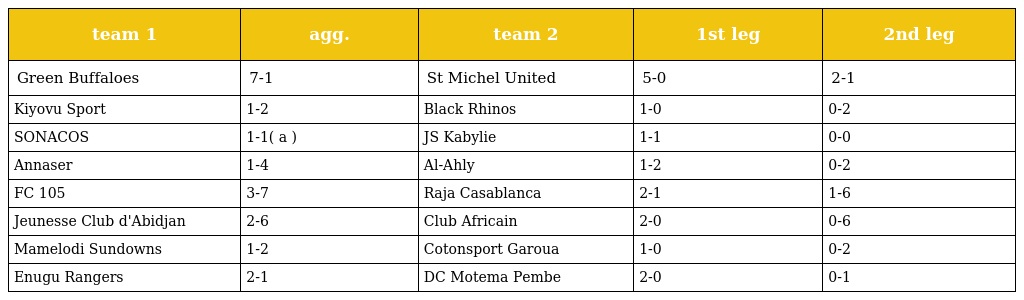
| team 1 | agg. | team 2 | 1st leg | 2nd leg |
 | --- | --- | --- | --- | --- |
 | Green Buffaloes | 7-1 | St Michel United | 5-0 | 2-1 |
 | Kiyovu Sport | 1-2 | Black Rhinos | 1-0 | 0-2 |
 | SONACOS | 1-1( a ) | JS Kabylie | 1-1 | 0-0 |
 | Annaser | 1-4 | Al-Ahly | 1-2 | 0-2 |
 | FC 105 | 3-7 | Raja Casablanca | 2-1 | 1-6 |
 | Jeunesse Club d'Abidjan | 2-6 | Club Africain | 2-0 | 0-6 |
 | Mamelodi Sundowns | 1-2 | Cotonsport Garoua | 1-0 | 0-2 |
 | Enugu Rangers | 2-1 | DC Motema Pembe | 2-0 | 0-1 |